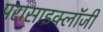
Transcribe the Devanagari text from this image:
परासाइक्लॉजी